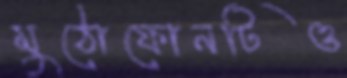
মুঠোফোনটিও